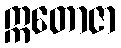
ဣတောဇာ